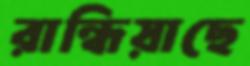
রান্ধিয়াছে